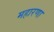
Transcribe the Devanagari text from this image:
महारणा